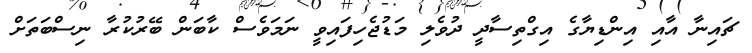
ޗައިނާ އާއި އިންޑިޔާގެ އިގްތިސާދީ ދުވެލި މަޑުޖެހިފައިވީ ނަމަވެސް ކާބަން ބޭރުކުރާ ނިސްބަތަށް